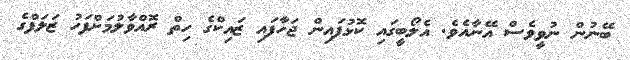
ބޭނުން ނުވީވެސް އޭނާއެވެ. އެލޯބީގައި ކޮޅުފައިން ޖަހާފައި ޒައިކްގެ ހިތް ރޮއްވާލުމަށްފަހު ޒަލަފްގެ